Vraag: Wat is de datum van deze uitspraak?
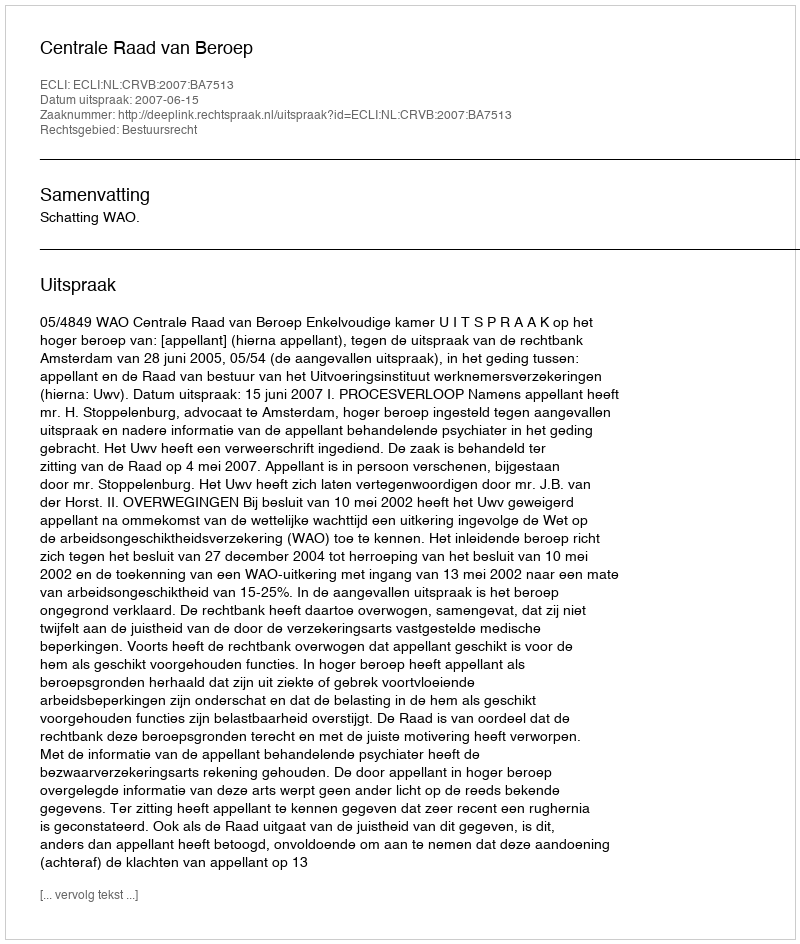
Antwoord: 2007-06-15